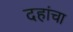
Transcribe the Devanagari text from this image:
दहांचा